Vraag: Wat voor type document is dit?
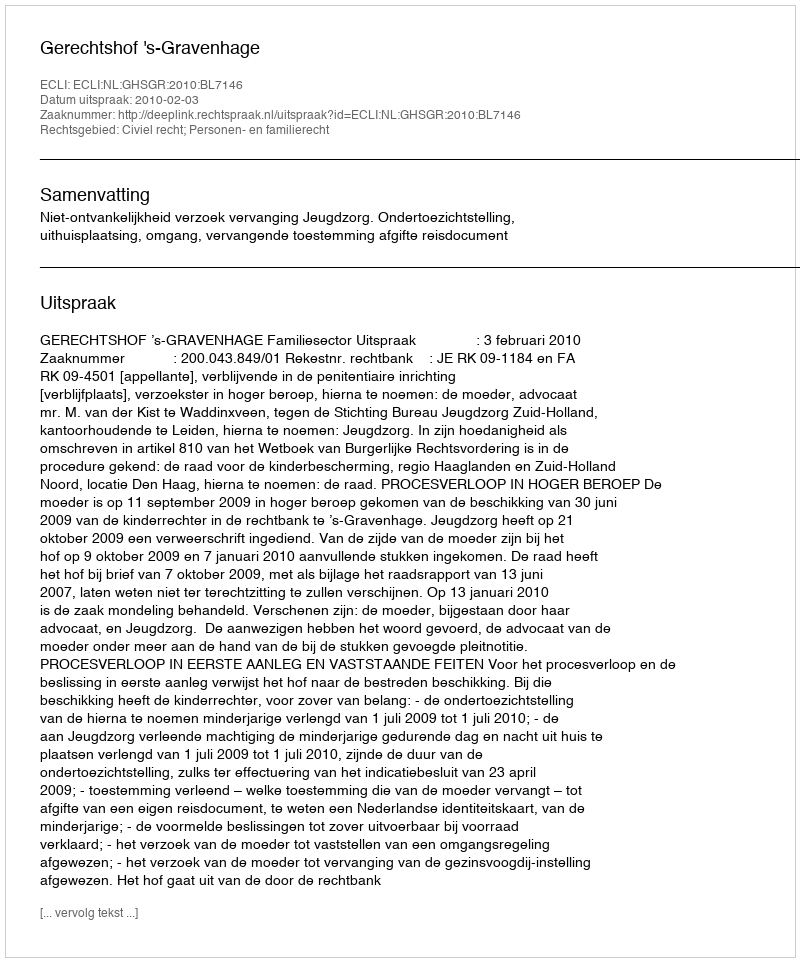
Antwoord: Uitspraak